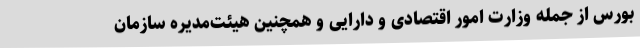
بورس از جمله وزارت امور اقتصادی و دارایی و همچنین هیئت‌مدیره سازمان